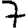
Digit: 7